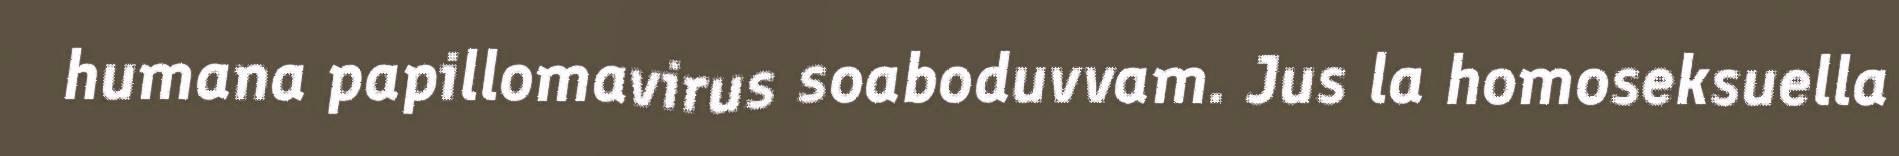
humana papillomavirus soaboduvvam. Jus la homoseksuella